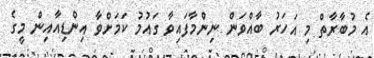
އެ މުބާރާތް މި އަހަރު ބާއްވަން ނިންމާފައިވާ ގައުމު ކަމަށްވާ އިންޑިއާއިން މީގެ